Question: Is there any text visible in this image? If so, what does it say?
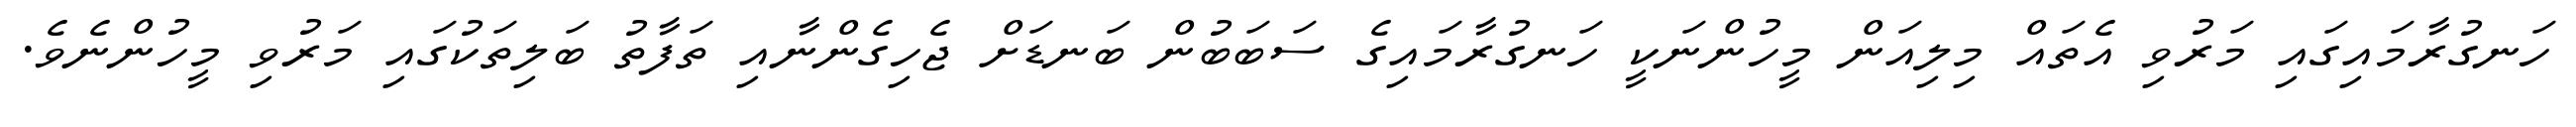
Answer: ހަނގުރާމައިގައި މަރުވި އެތައް މިލިއަން މީހުންނަކީ ހަނގުރާމައިގެ ސަބަބުން ބަނޑަށް ޖެހިގެންނާއި ތަފާތު ބަލިތަކުގައި މަރުވި މީހުންނެވެ.